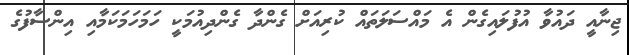
ޖިނާއީ ދައުވާ އުފުލައިގެން އެ މައްސަލަތައް ކުރިއަށް ގެންދާ ގެންދިއުމަކީ ހަމަހަމަކަމާއި އިންސާފުގެ